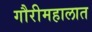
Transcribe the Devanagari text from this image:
गौरीमहालात